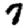
Digit: 7